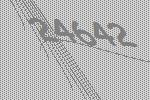
24642